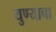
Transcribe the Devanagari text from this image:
युण्याचा